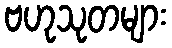
ဗဟုသုတများ